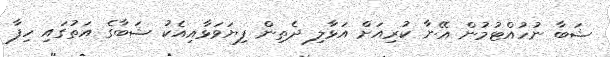
ޝަބާ ނުހުއްޓުމުން އޭނާ ކުރިއަށް އަޅާލި ދެތިން ފިޔަވަޅާއިއެކު ޝަބާގެ އަތުގައި ހިފާ